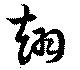
翹